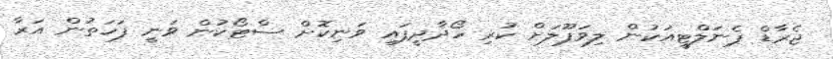
ޖެރާޑް ޕެނަލްޓީއަކުން ލިވަޕޫލަށް ކުރި ހޯދާދީފައި ވަނިކޮށް ސްޓޯކުން ވަނީ ފަހަތުން އަރާ